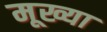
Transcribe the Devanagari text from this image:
मूख्या